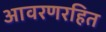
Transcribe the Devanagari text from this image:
आवरणरहित